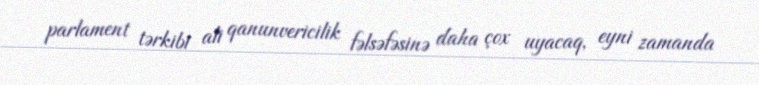
parlament tərkibi ali qanunvericilik fəlsəfəsinə daha çox uyacaq, eyni zamanda